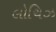
લોચિઝ